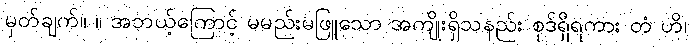
မှတ်ချက်။ ။ အဘယ့်ကြောင့် မမည်းမဖြူသော အကျိုးရှိသနည်း စုဒ်ရှိရကား တံ ဟိ၊